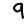
Digit: 9